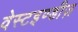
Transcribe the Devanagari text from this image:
वेस्टइण्डीज़